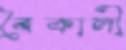
বৈকালী